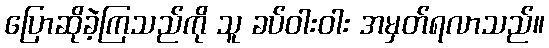
ပြောဆိုခဲ့ကြသည်ကို သူ ခပ်ဝါးဝါး အမှတ်ရလာသည်။